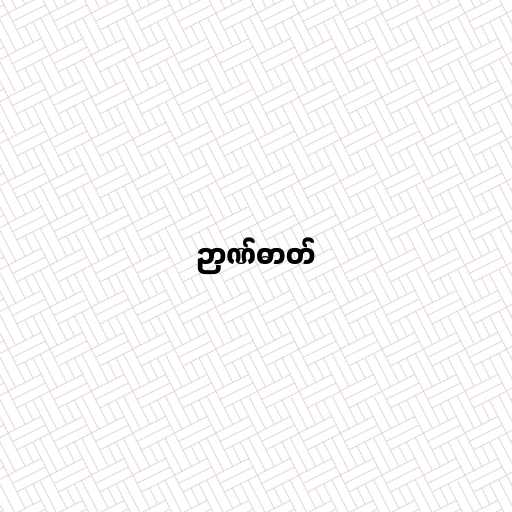
ဉာဏ်ဓာတ်